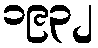
၁၉၃၂